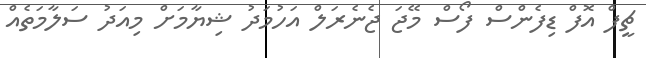
ޗީފް އޮފް ޑިފެންސް ފޯސް މޭޖަ ޖެނެރަލް އަހުމަދު ޝިޔާމަށް މިއަދު ސަލާމަތެއް